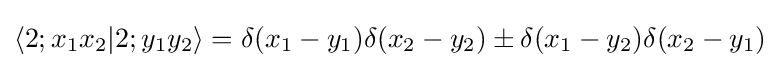
\langle 2;x_{1}x_{2}|2;y_{1}y_{2}\rangle =\delta (x_{1}-y_{1})\delta (x_{2}-y_{2})\pm \delta (x_{1}-y_{2})\delta (x_{2}-y_{1})